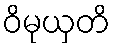
ဝိမုယှတိ